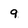
Character: 9